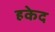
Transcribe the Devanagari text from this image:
हकेद